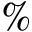
\%